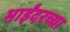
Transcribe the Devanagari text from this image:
भाईंदरच्या